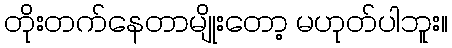
တိုးတက်နေတာမျိုးတော့ မဟုတ်ပါဘူး။